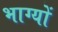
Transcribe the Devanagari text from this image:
भाग्यों